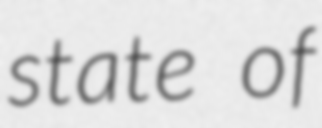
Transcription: state of